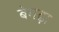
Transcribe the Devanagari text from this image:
बेगढ़ा